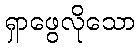
ရှာဖွေလိုသော